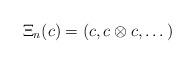
LaTeX: \begin{align*}\Xi_{n}(c)=(c,c\otimes c,\dots)\end{align*}